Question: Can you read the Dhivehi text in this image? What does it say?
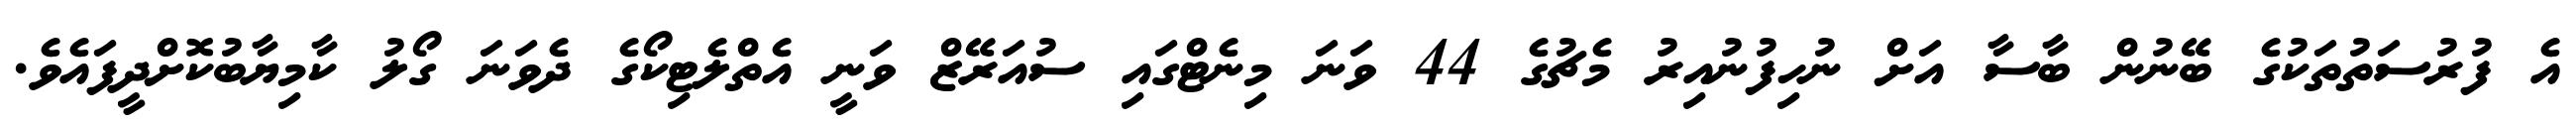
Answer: އެ ފުރުސަތުތަކުގެ ބޭނުން ބާސާ އަށް ނުހިފުނުއިރު މެޗުގެ 44 ވަނަ މިނެޓްގައި ސުއަރޭޒް ވަނީ އެތްލެޓިކޯގެ ދެވަނަ ގޯލު ކާމިޔާބުކޮށްދީފައެވެ.